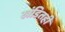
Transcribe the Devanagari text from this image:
खंडितही